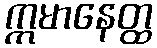
ဣမာနေတ္ထ